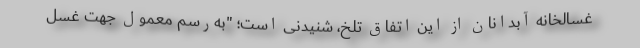
غسالخانه آبدانان از این اتفاق تلخ، شنیدنی است؛ "به‌رسم معمول جهت غسل